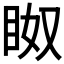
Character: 𱲰